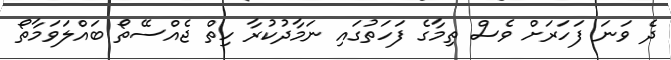
ދެ ވަނަ ފަހަރަށް ވެސް ތިމާގެ ފަހަތުގައި ނަމާދުކުރާ ހިތް ޖެއްސޭތޯ ބައްލަވަމާތޯ